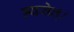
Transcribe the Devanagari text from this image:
न्यसेत्‌।